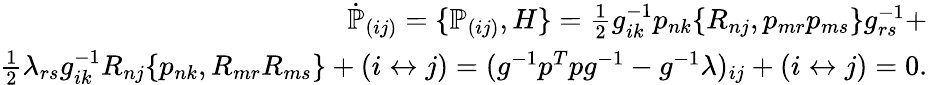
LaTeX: \begin{array}{r}{\dot{\mathbb P}_{(ij)}=\{ {\mathbb P}_{(ij)},H\} =\frac 12g_{ik}^{-1}p_{nk}\{ R_{nj},p_{mr}p_{ms}\} g_{rs}^{-1}+}\\ {\frac 12\lambda_{rs}g_{ik}^{-1}R_{nj}\{ p_{nk},R_{mr}R_{ms}\} +(i\leftrightarrow j)=(g^{-1}p^{T}pg^{-1}-g^{-1}\lambda)_{ij}+(i\leftrightarrow j)=0.}\end{array}